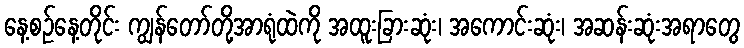
နေ့စဉ်နေ့တိုင်း ကျွန်တော်တို့အာရုံထဲကို အထူးခြားဆုံး၊ အကောင်းဆုံး၊ အဆန်းဆုံးအရာတွေ